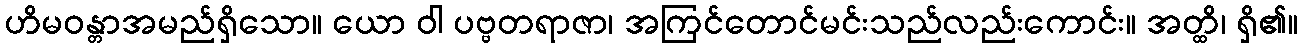
ဟိမဝန္တာအမည်ရှိသော။ ယော ဝါ ပဗ္ဗတရာဇာ၊ အကြင်တောင်မင်းသည်လည်းကောင်း။ အတ္ထိ၊ ရှိ၏။